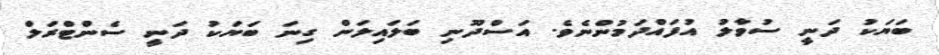
ބަޔަކު ދަނީ ސުވާލު އުފައްދަމުންނެވެ. އަސްދޫނި ބަލައިލަން ގިނަ ބަޔަކު ދަނީ ސެންޓްރަލް